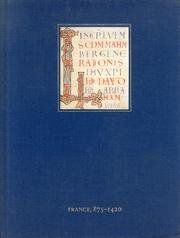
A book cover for Medieval and Renaissance Manuscripts in the Walters Art Gallery: France, 875-1420; Dr. Lilian M. C. Randall; Arts & Photography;